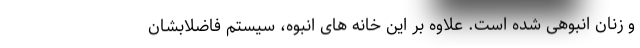
و زنان انبوهی شده است. علاوه بر این خانه های انبوه، سیستم فاضلابشان